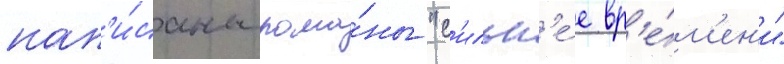
нап'и́саны рома́ны "с'ильн'е́е вр'е́м'ен'и"